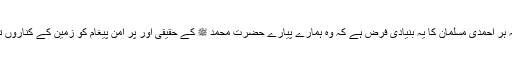
یاد رکھیں کہ ہر احمدی مسلمان کا یہ بنیادی فرض ہے کہ وہ ہمارے پیارے حضرت محمد ﷺ کے حقیقی اور پر امن پیغام کو زمین کے کناروں تک پہنچائے۔